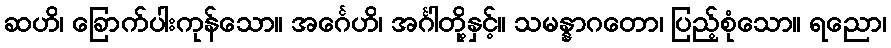
ဆဟိ၊ ခြောက်ပါးကုန်သော။ အင်္ဂေဟိ၊ အင်္ဂါတို့နှင့်။ သမန္နာဂတော၊ ပြည့်စုံသော။ ရညော၊